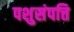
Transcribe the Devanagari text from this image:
पशुसंपत्ति